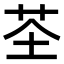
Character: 𫇲